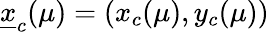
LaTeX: \underline{{x}}_{c}(\mu)=(x_{c}(\mu),y_{c}(\mu))